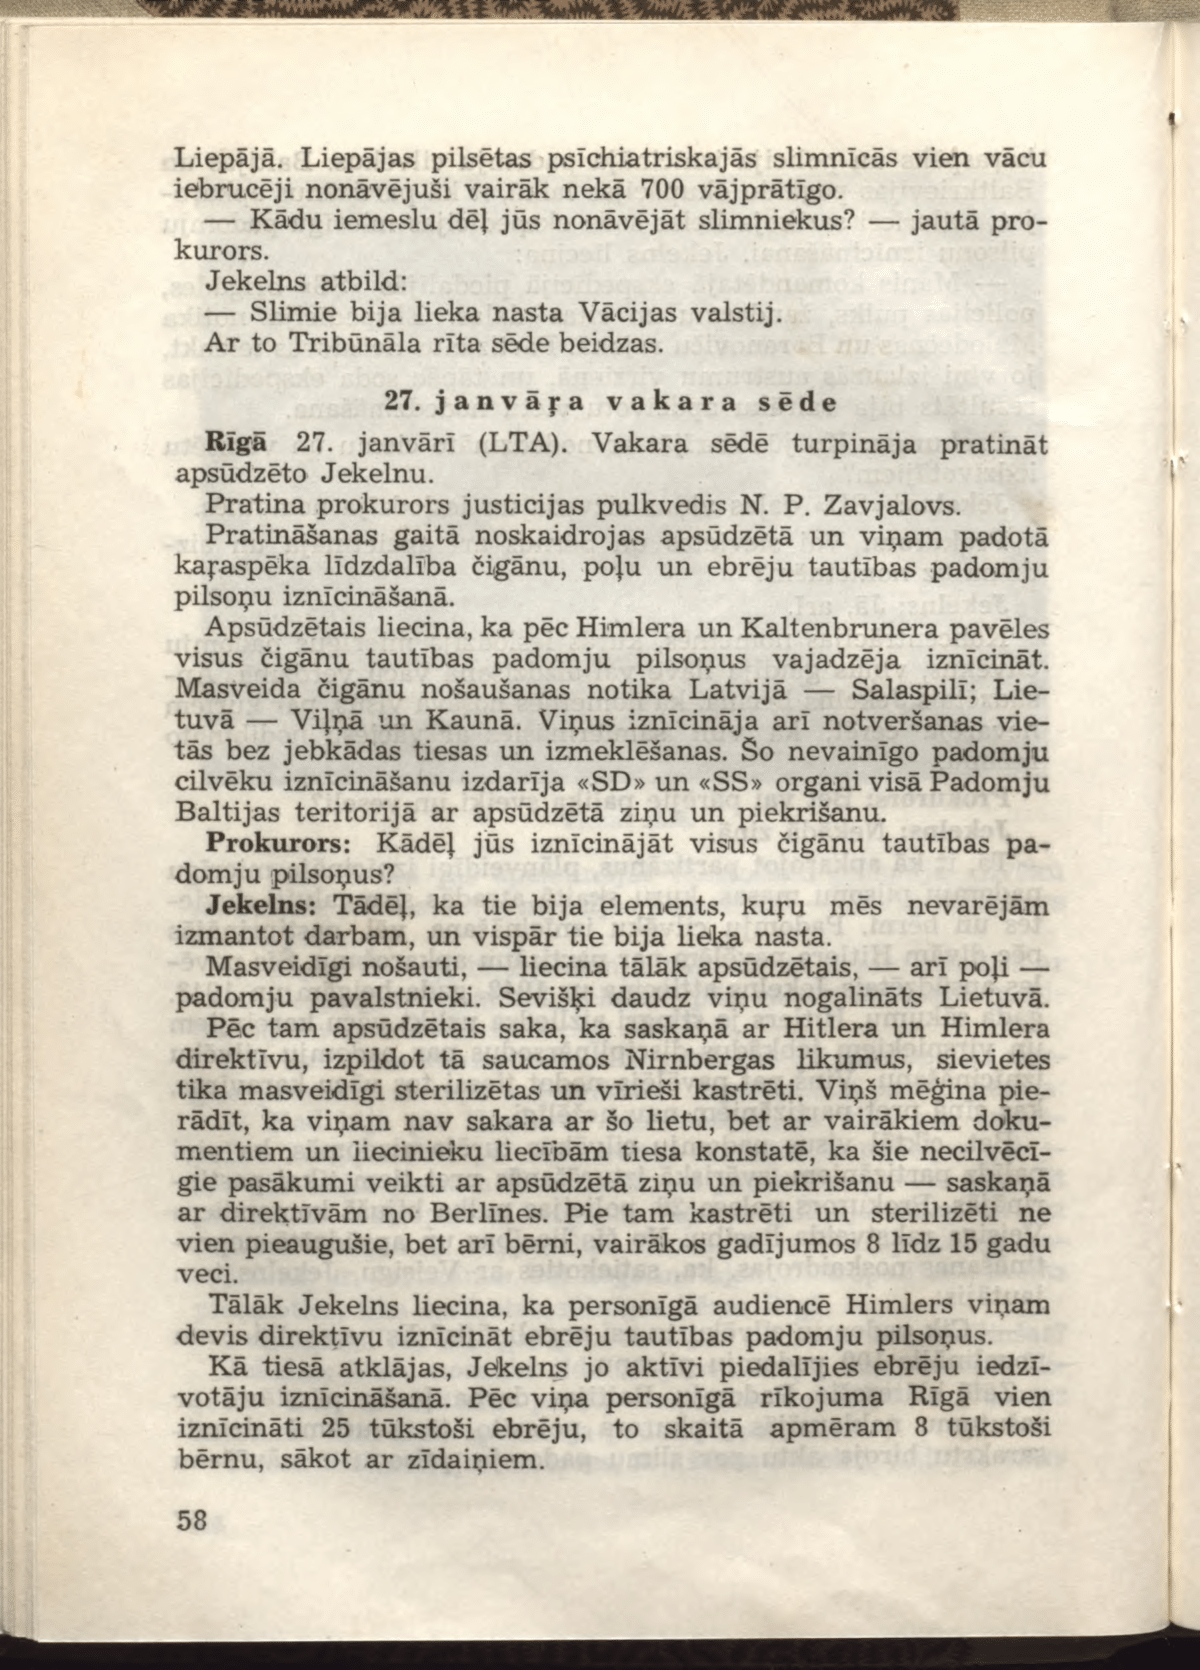
Language: lv